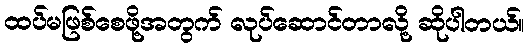
ထပ်မဖြစ်စေဖို့အတွက် လုပ်ဆောင်တာလို့ ဆိုပါတယ်။